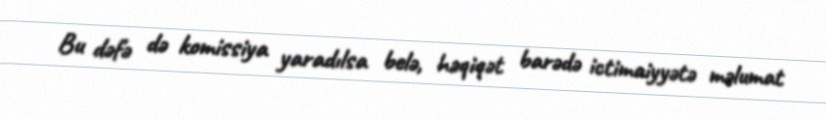
Bu dəfə də komissiya yaradılsa belə, həqiqət barədə ictimaiyyətə məlumat